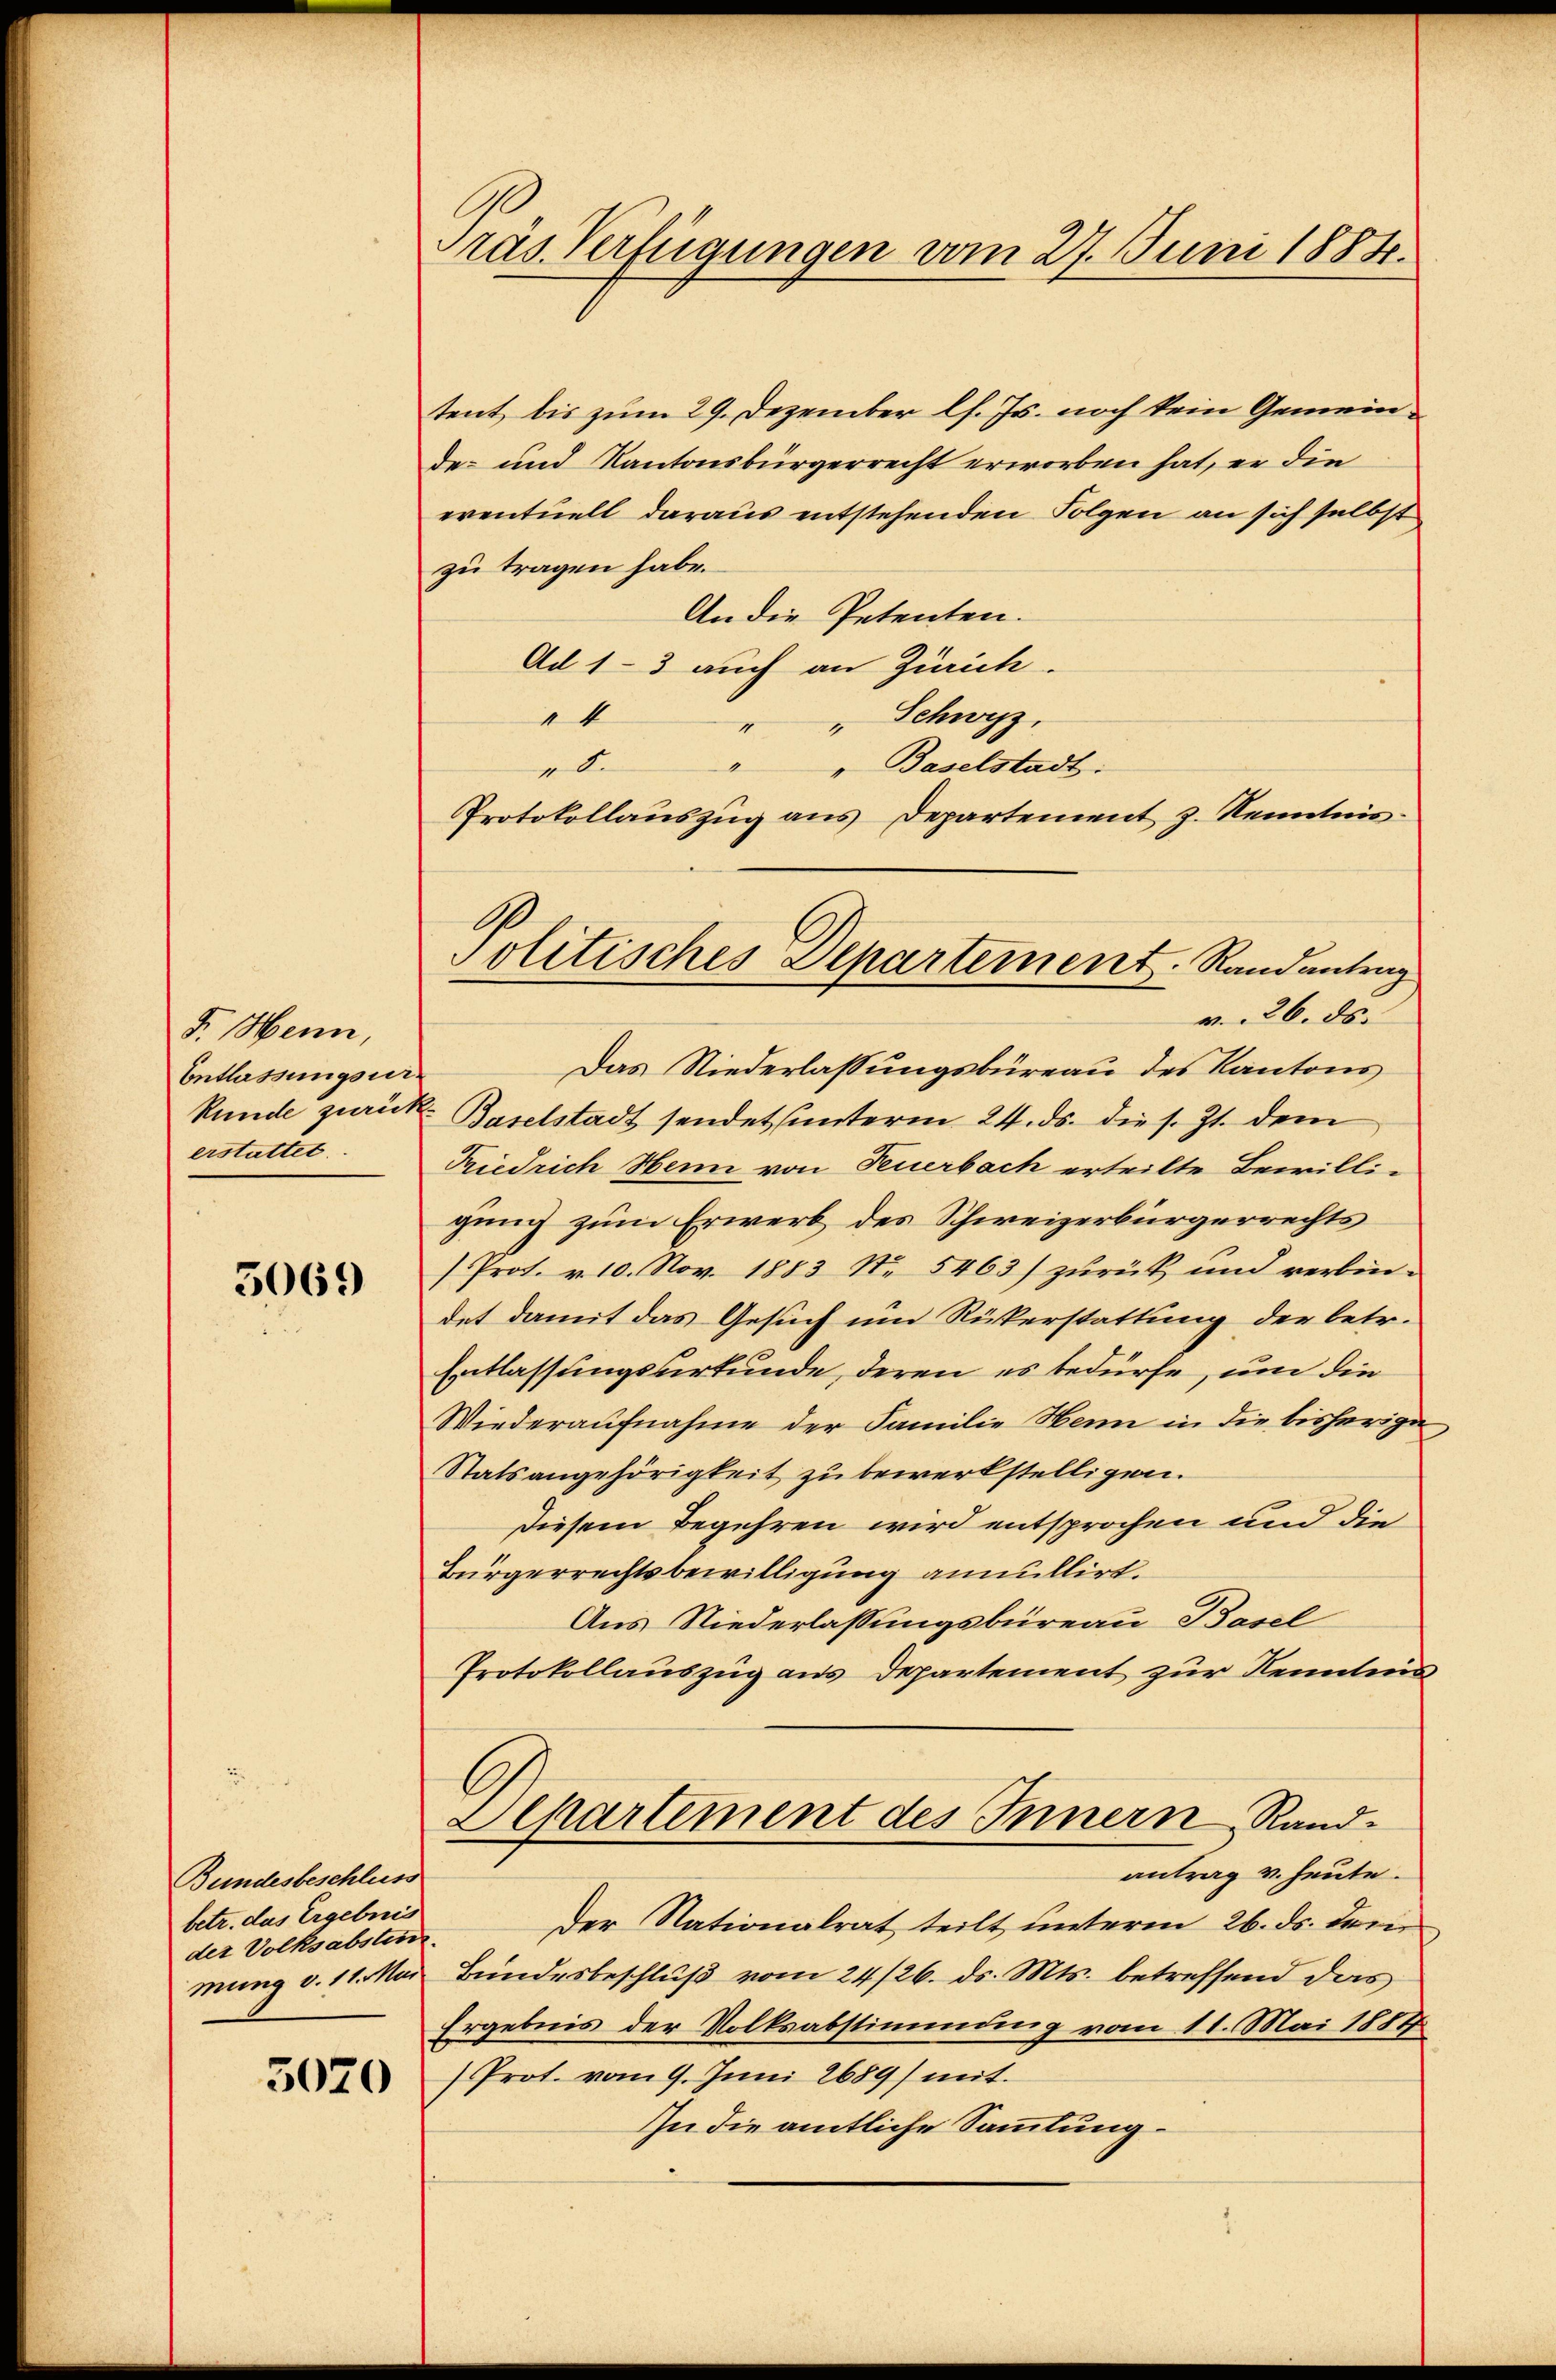
F. Henn,
Entlassungsur-
erstattet.

5069

Bundesbeschluss
betr. das Ergebnis
der Volksabsten.

5020

Präs. Verfügungen vom 27. Juni 1884.

tent bis zum 29. Dezember l. Js. noch kein Gemein
de- und Kantonsbürgerrecht erworben hat, er die
eventuell daraus entstehenden Folgen an sich selbst
zu tragen habe.
An die Petenten.
Ad 1-3 auch an Zürich.
4
" " Schwyz,
" " Baselstadt:
d.
Protokollauszug aus Departement z. Kenntnisv. 26. ds.
Das Niederlassungsbüreau des Kantons
kunde zurück Baselstadt sendet (unterm 24. ds. die s. Zt. dem
Friedrich Henn von Feuerbach erteilte Bewilligung zum Erwerb des Schweizerbürgerrechts
/Prot. v. 10. Nov. 1883 No 5463) zurück und verbindet damit das Gesuch um Rickerstattung der betr.
Entlassungsurkunde, deren es bedürfe, um die
Wiederaufnahme der Familie Henn in die bisherigen
Statsangehörigkeit zu bewerkstelligen.
Diesem Begehren wird entsprochen und die
Bürgerrechtsbewilligung annullirt.
Aus Niederlassungsbüreau Basel
Protokollauszug aus Departement zur Kenntnis¬
Separtement des Innern Randantrag v. heute.
Der Nationalrat teilt unterm 26. ds. dem
mung v. 11. Mai Bundesbeschluß vom 24/26. ds. Mts. betreffend das
Ergebnis der Volksabstimmung vom 11. Mai 1887
Prot. vom 9. Juni 2689) mit
In die amtliche Sammlung

Politisches Departement. Randantrag